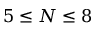
5 \leq N \leq 8